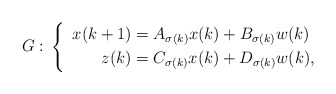
\begin{align*} G: \,\left\{\enspace\begin{aligned} x(k+1) &= A_{\sigma(k)} x(k) + B_{\sigma(k)} w(k) \\ z(k) &= C_{\sigma(k)} x(k) + D_{\sigma(k)} w(k), \end{aligned}\right.\end{align*}